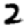
Digit: 2